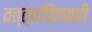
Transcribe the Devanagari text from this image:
तत्त्वचिंतकही